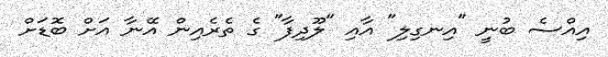
އިއްސެ ބުނީ "އިނގިލި" އާއި "ލޫދިފާ" ގެ ތެރެއިން އޭނާ އަށް ބޮޑަށް